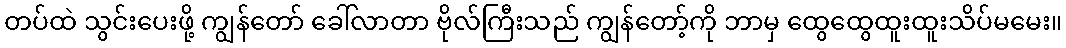
တပ်ထဲ သွင်းပေးဖို့ ကျွန်တော် ခေါ်လာတာ ဗိုလ်ကြီးသည် ကျွန်တော့်ကို ဘာမှ ထွေထွေထူးထူးသိပ်မမေး။